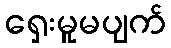
ရှေးမူမပျက်